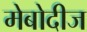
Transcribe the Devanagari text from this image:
मेबोदीज